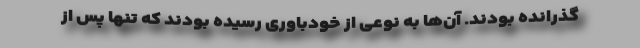
گذرانده بودند. آن‌ها به نوعی از خودباوری رسیده بودند که تنها پس از